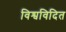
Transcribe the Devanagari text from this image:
विश्वविदित